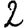
Digit: 2